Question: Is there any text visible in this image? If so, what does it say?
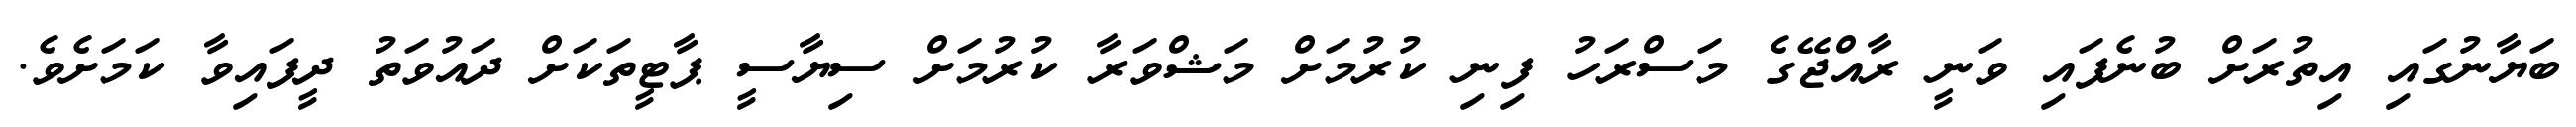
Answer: ބަޔާނުގައި އިތުރަށް ބުނެފައި ވަނީ ރާއްޖޭގެ މަސްރަހު ފިނި ކުރުމަށް މަޝްވަރާ ކުރުމަށް ސިޔާސީ ޕާޓީތަކަށް ދައުވަތު ދީފައިވާ ކަމަށެވެ.